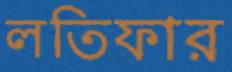
লতিফার